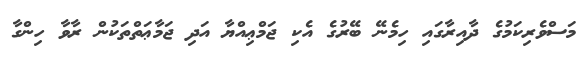
މަސްވެރިކަމުގެ ދާއިރާގައި ހިމެނޭ ބޭރުގެ އެކި ޖަމްޢިއްޔާ އަދި ޖަމާޢަތްތަކުން ރާވާ ހިންގާ